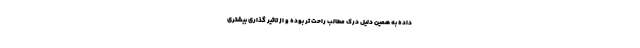
داده به همین دلیل درک مطالب راحت تر بوده و از تاثیر گذاری بیشتری